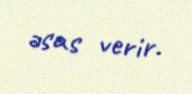
əsas verir.